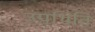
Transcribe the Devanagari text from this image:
उपथिति